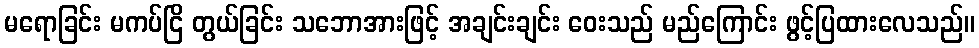
မရောခြင်း မကပ်ငြိ တွယ်ခြင်း သဘောအားဖြင့် အချင်းချင်း ဝေးသည် မည်ကြောင်း ဖွင့်ပြထားလေသည်။